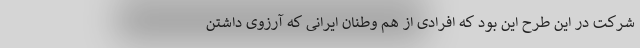
شرکت در این طرح این بود که افرادی از هم وطنان ایرانی که آرزوی داشتن